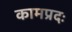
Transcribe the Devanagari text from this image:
कामप्रदः